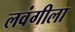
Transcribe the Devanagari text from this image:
लवंगीला